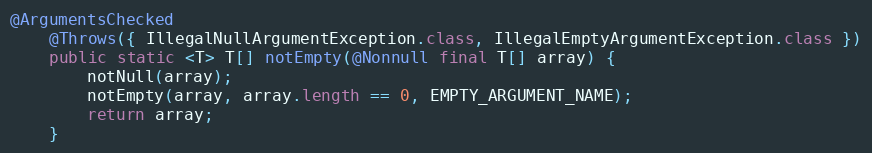
Language: Java
@ArgumentsChecked
	@Throws({ IllegalNullArgumentException.class, IllegalEmptyArgumentException.class })
	public static <T> T[] notEmpty(@Nonnull final T[] array) {
		notNull(array);
		notEmpty(array, array.length == 0, EMPTY_ARGUMENT_NAME);
		return array;
	}